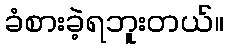
ခံစားခဲ့ရဘူးတယ်။